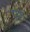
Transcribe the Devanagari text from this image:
परु